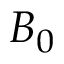
B _ { 0 }